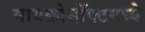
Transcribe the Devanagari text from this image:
मायक्रोसॉफ्टमध्ये